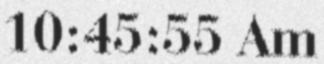
10:45:55 Am